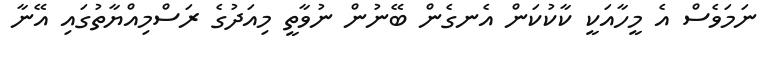
ނަމަވެސް އެ މީހާއަކީ ކާކުކަން އެނގެން ބޭނުން ނުވާތީ މިއަދުގެ ރަސްމިއްޔާތުގައި އޭނާ